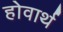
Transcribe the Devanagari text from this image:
होवार्थ